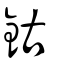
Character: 鈷